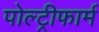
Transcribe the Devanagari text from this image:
पोल्ट्रीफार्म